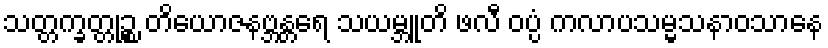
သတ္တက္ခတ္တုဉ္စ တိယောဇနဗ္ဘန္တရေ သယမ္ဘူတိ ဖလီ ဝပ္ပံ ကလာပသမ္မသနာဝသာနေ